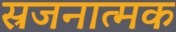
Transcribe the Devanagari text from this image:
स्रजनात्मक